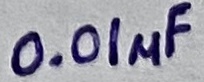
Text: 0.01µF